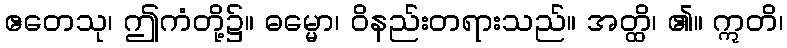
ဧတေသု၊ ဤကံတို့၌။ ဓမ္မော၊ ဝိနည်းတရားသည်။ အတ္ထိ၊ ၏။ ဣတိ၊